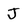
Character: J